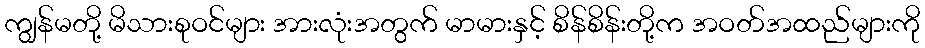
ကျွန်မတို့ မိသားစုဝင်များ အားလုံးအတွက် မာမားနှင့် စိန်စိန်းတို့က အဝတ်အထည်များကို